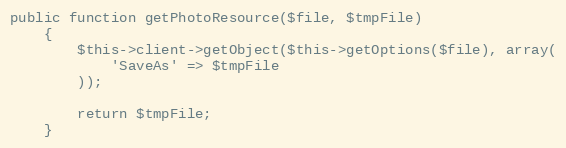
Language: PHP
public function getPhotoResource($file, $tmpFile)
    {
        $this->client->getObject($this->getOptions($file), array(
            'SaveAs' => $tmpFile
        ));

        return $tmpFile;
    }